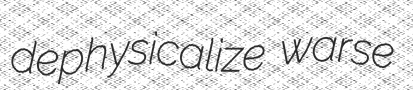
dephysicalize warse